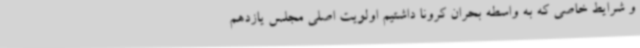
و شرایط خاصی که به واسطه بحران کرونا داشتیم اولویت اصلی مجلس یازدهم